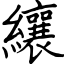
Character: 纕